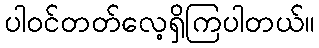
ပါဝင်တတ်လေ့ရှိကြပါတယ်။